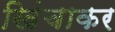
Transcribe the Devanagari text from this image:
खिंचाकर